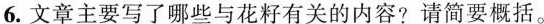
6.文章主要写了哪此与花籽有关的内容?请简要概括。